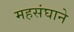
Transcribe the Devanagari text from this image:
महसंघाने